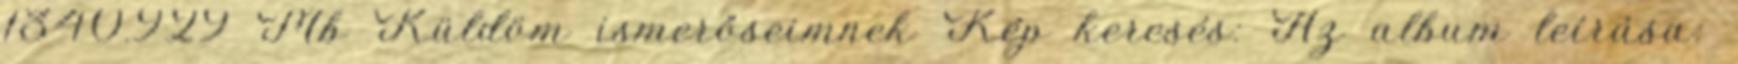
1340.929 Mb Küldöm ismerőseimnek Kép keresés: Az album leírása: